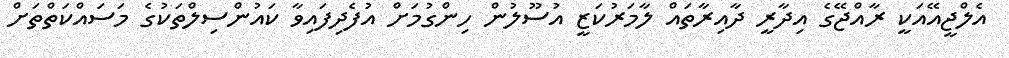
އެލްޖީއޭއަކީ ރާއްޖޭގެ އިދާރީ ދާއިރާތައް ލާމަރުކަޒީ އުސޫލުން ހިންގުމަށް އުފެދިފައިވާ ކައުންސިލްތަކުގެ މަސައްކަތްތަށް